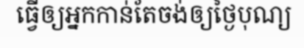
ធ្វើឲ្យអ្នកកាន់តែចង់ឲ្យថ្ងៃបុណ្យ